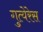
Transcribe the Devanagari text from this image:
गुत्येरेस